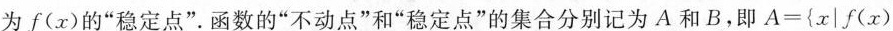
为f(x)的”稳定点”。函数的”不动点”和”稳定点”的集合分别记为A和B，即 $$A = { x | f ( x )